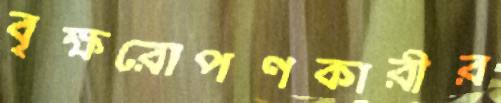
বৃক্ষরোপণকারীর